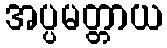
အပ္ပမတ္တာယ